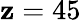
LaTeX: \mathbf{z}=45